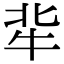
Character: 𤘿